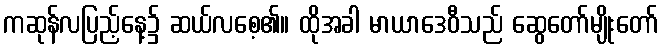
ကဆုန်လပြည့်နေ့၌ ဆယ်လစေ့၏။ ထိုအခါ မာယာဒေဝီသည် ဆွေတော်မျိုးတော်